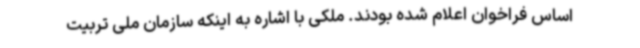
اساس فراخوان اعلام شده بودند. ملکی با اشاره به اینکه سازمان ملی تربیت